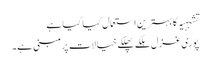
تشبہیہ کا بہترین استعمال کیا گیا ہے
پوری غزل ہلکے پھلکے خیالات پر مبنی ہے۔